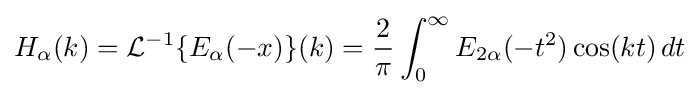
H_{\alpha }(k)={\mathcal {L}}^{-1}\{E_{\alpha }(-x)\}(k)={\frac {2}{\pi }}\int _{0}^{\infty }E_{2\alpha }(-t^{2})\cos(kt)\,dt